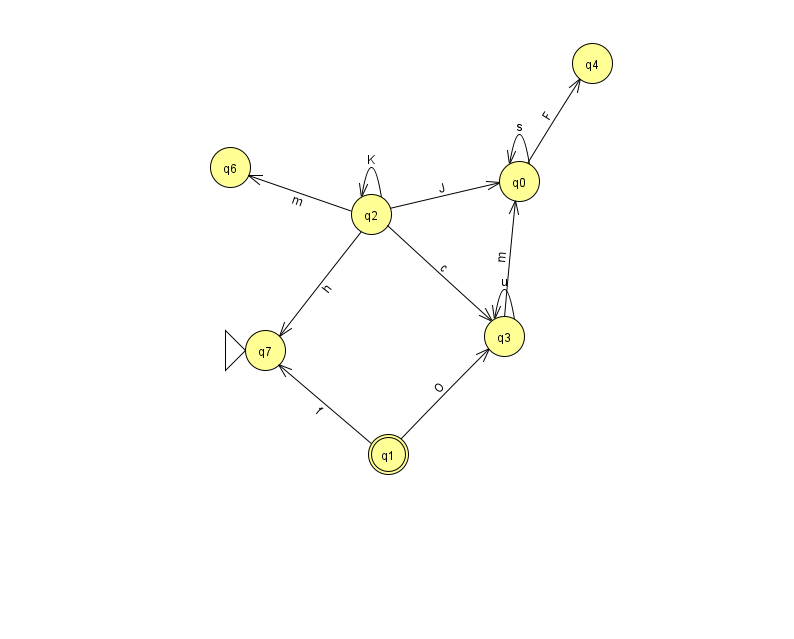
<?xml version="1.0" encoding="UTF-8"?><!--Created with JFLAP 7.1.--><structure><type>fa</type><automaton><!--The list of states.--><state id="0" name="q0"><x>519.0</x><y>168.0</y></state><state id="1" name="q1"><x>388.0</x><y>441.0</y><final/></state><state id="2" name="q2"><x>371.0</x><y>201.0</y></state><state id="3" name="q3"><x>504.0</x><y>323.0</y></state><state id="4" name="q4"><x>592.0</x><y>50.0</y></state><state id="6" name="q6"><x>230.0</x><y>154.0</y></state><state id="7" name="q7"><x>265.0</x><y>337.0</y><initial/></state><!--The list of transitions.--><transition><from>2</from><to>7</to><read>h</read></transition><transition><from>0</from><to>0</to><read>s</read></transition><transition><from>3</from><to>0</to><read>m</read></transition><transition><from>1</from><to>3</to><read>O</read></transition><transition><from>3</from><to>3</to><read>u</read></transition><transition><from>1</from><to>7</to><read>f</read></transition><transition><from>2</from><to>2</to><read>K</read></transition><transition><from>2</from><to>0</to><read>J</read></transition><transition><from>2</from><to>3</to><read>c</read></transition><transition><from>0</from><to>4</to><read>F</read></transition><transition><from>2</from><to>6</to><read>m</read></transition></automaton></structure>